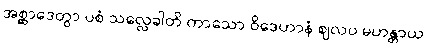
အစ္ဆာဒေတွာ ပစံ သလ္လေခါတိ ကာသော ဝိဒေဟာနံ ဈလပ မဟန္တာယ